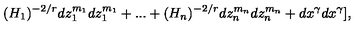
( H _ { 1 } ) ^ { - 2 / r } d z _ { 1 } ^ { m _ { 1 } } d z _ { 1 } ^ { m _ { 1 } } + . . . + ( H _ { n } ) ^ { - 2 / r } d z _ { n } ^ { m _ { n } } d z _ { n } ^ { m _ { n } } + d x ^ { \gamma } d x ^ { \gamma } ] ,